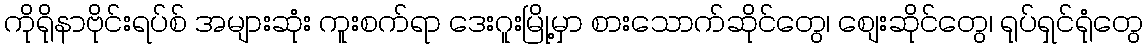
ကိုရိုနာဗိုင်းရပ်စ် အများဆုံး ကူးစက်ရာ ဒေးဂူးမြို့မှာ စားသောက်ဆိုင်တွေ၊ စျေးဆိုင်တွေ၊ ရုပ်ရှင်ရုံတွေ